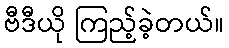
ဗီဒီယို ကြည့်ခဲ့တယ်။